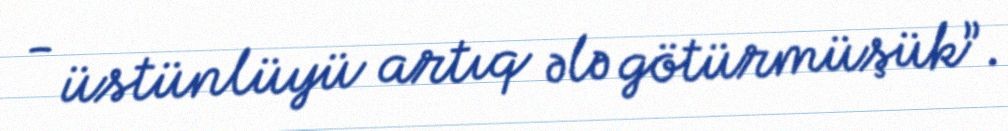
- üstünlüyü artıq ələ götürmüşük”.